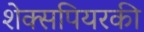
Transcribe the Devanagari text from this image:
शेक्सपियरकी